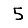
Digit: 5